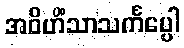
အဝိဟိံသာသင်္ကပ္ပေါ